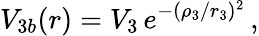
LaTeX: V_{3b}(r)=V_{3}\, e^{-(\rho_{3}/r_{3})^{2}}\, ,